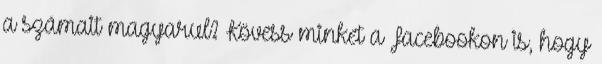
a számait magyarul? Kövess minket a Facebookon is, hogy